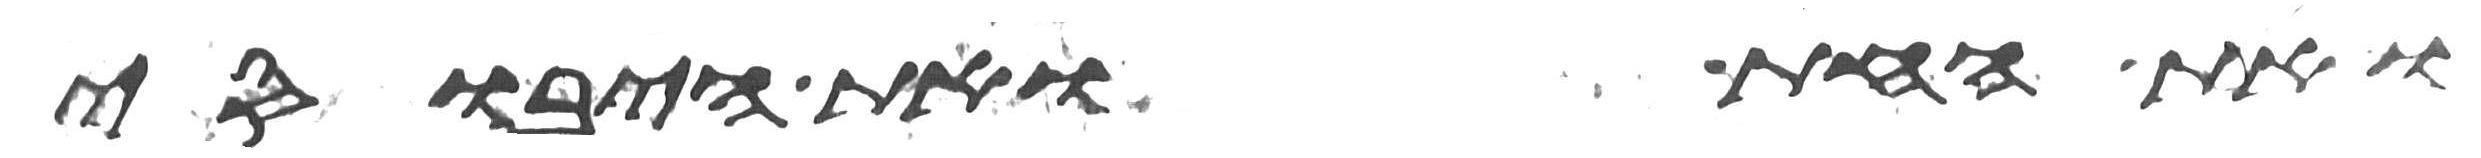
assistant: ואת החת ואת היבוסי